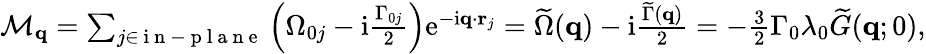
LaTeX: \begin{array}{r}{\mathcal{M}_{\mathbf{q}}=\sum_{j\in\mathrm{~i~n~-~p~l~a~n~e~}}\left(\Omega_{0j}-\mathrm{i}\frac{\Gamma_{0j}}{2}\right)\mathrm{e}^{-\mathrm{i}\mathbf{q}\cdot\mathbf{r}_{j}}=\widetilde\Omega(\mathbf{q})-\mathrm{i}\frac{\widetilde\Gamma(\mathbf{q})}{2}=-\frac{3}{2}\Gamma_{0}\lambda_{0}\widetilde G(\mathbf{q};0),}\end{array}